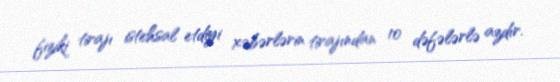
fiziki tirajı istehsal etdiyi xəbərlərin tirajından 10 dəfələrlə azdır.